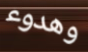
وهدوء